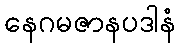
နေဂမဇာနပဒါနံ